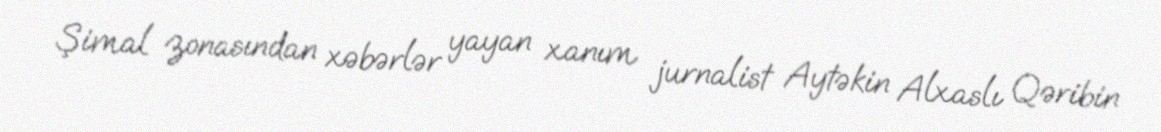
Şimal zonasından xəbərlər yayan xanım jurnalist Aytəkin Alxaslı Qəribin